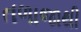
તળાજાથી